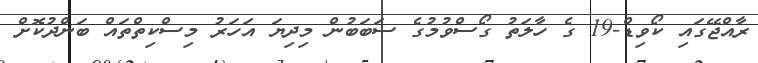
ރާއްޖޭގައި ކޯވިޑް-19 ގެ ހާލަތު ގޯސްވުމުގެ ސަބަބުން މިދިޔަ އަހަރު މިސްކިތްތައް ބަންދުކޮށް